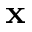
\mathbf { x }